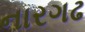
નારગઢ